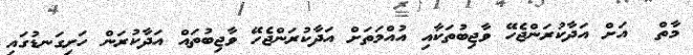
މާތް  އަށް އަދާކުރަންޖެހޭ ވާޖިބުތަކާއި އުއްމަތަށް އަދާކުރަންޖެހޭ ވާޖިބުތައް އަދާކުރަން ހަށިގަނޑުގައި